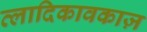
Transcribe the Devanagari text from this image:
व्लादिकावकाज़